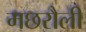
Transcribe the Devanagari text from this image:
मछरौली